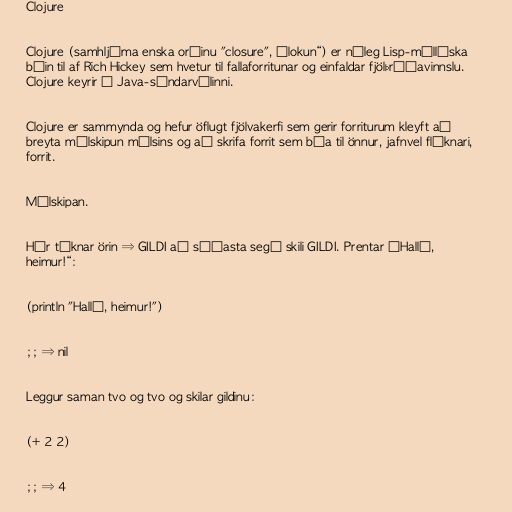
Clojure

Clojure (samhljóma enska orðinu "closure", „lokun“) er nýleg Lisp-mállýska
búin til af Rich Hickey sem hvetur til fallaforritunar og einfaldar fjölþráðavinnslu.
Clojure keyrir á Java-sýndarvélinni.

Clojure er sammynda og hefur öflugt fjölvakerfi sem gerir forriturum kleyft að
breyta málskipun málsins og að skrifa forrit sem búa til önnur, jafnvel flóknari,
forrit.

Málskipan.

Hér táknar örin ⇒ GILDI að síðasta segð skili GILDI. Prentar „Halló,
heimur!“:

(println "Halló, heimur!")

;; ⇒ nil

Leggur saman tvo og tvo og skilar gildinu:

(+ 2 2)

;; ⇒ 4